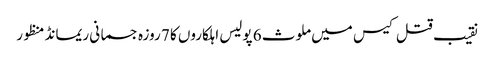
نقیب قتل کیس میں ملوث 6 پولیس اہلکاروں کا 7 روزہ جسمانی ریمانڈ منظور